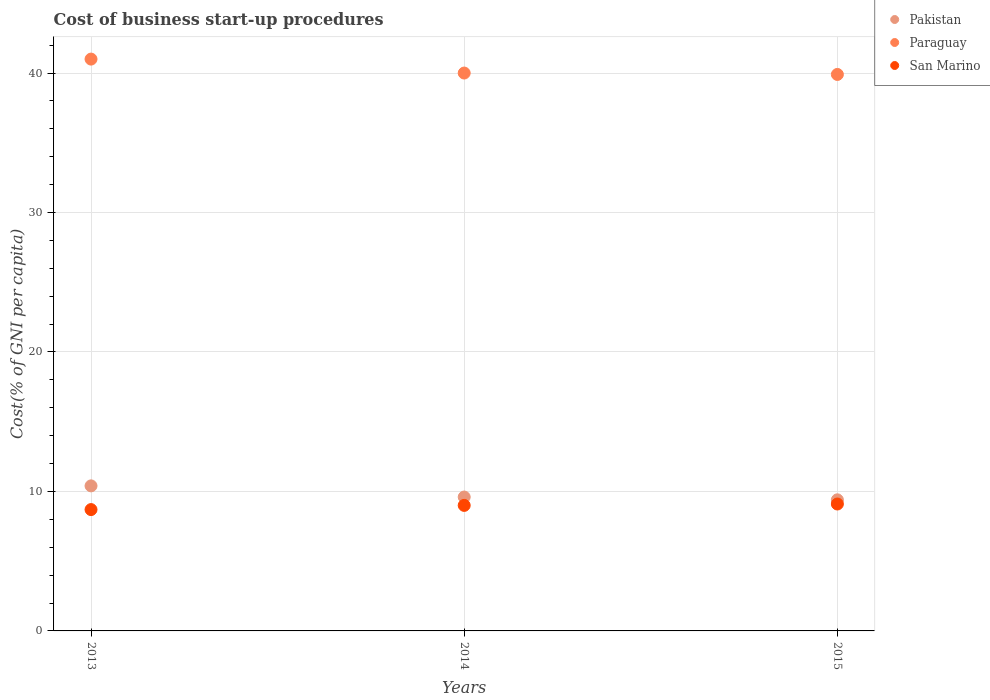
| Years | Pakistan | Paraguay | San Marino |
 | --- | --- | --- | --- |
 | 2013 | 10.4 | 41 | 8.7 |
 | 2014 | 9.6 | 40 | 9 |
 | 2015 | 9.4 | 39.9 | 9.1 |